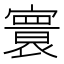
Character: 𡫖